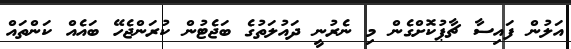
އަލުން ފައިސާ ޗާޕުކޮށްގެން މި ނެރުނީ ދައުލަތުގެ ބަޖެޓުން ކުރަންޖެހޭ ބައެއް ކަންތައް